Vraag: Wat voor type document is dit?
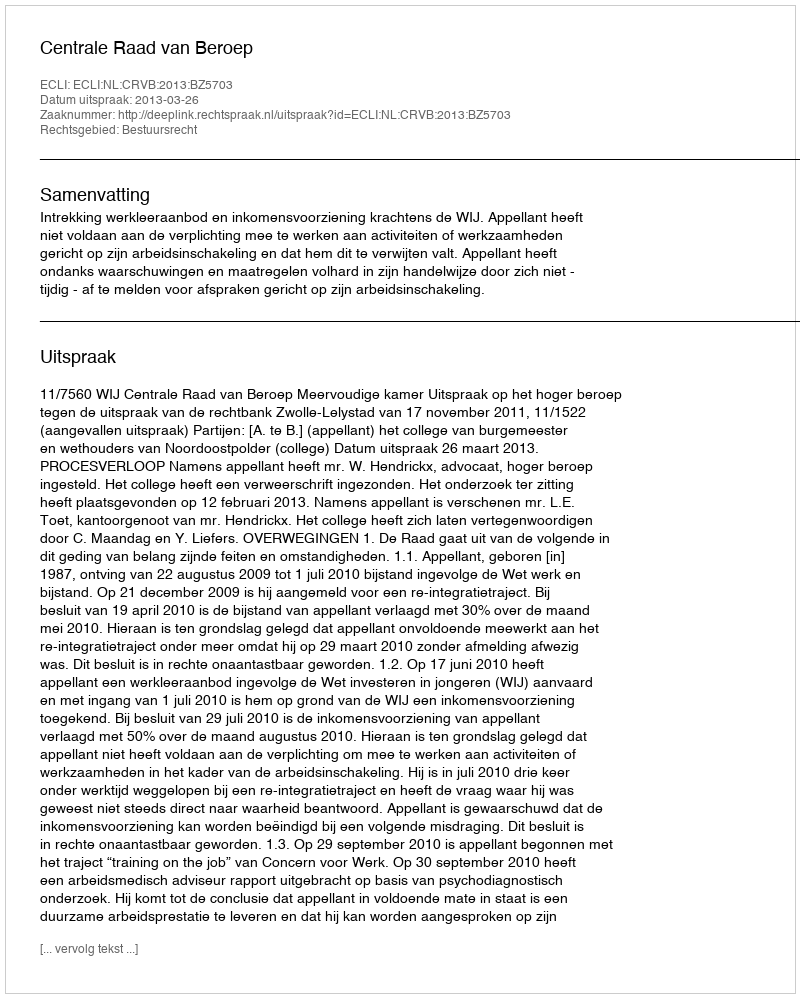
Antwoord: Uitspraak